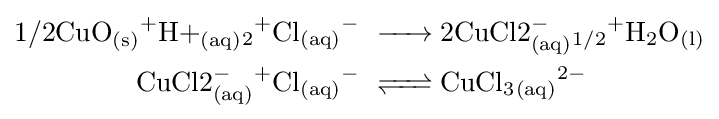
{\begin{aligned}{\ce {{1/2CuO_{(s)}}+{H+_{(aq)}}+2Cl_{(aq)}^{-}}}\ &{\ce {->{2CuCl2_{(aq)}^{-}}+1/2H2O_{(l)}}}\\{\ce {{CuCl2_{(aq)}^{-}}+Cl_{(aq)}^{-}}}\ &{\ce {<=>CuCl3_{(aq)}^{2-}}}\end{aligned}}